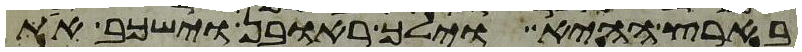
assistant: בארץ ההיא וילך ראובן וישכב את